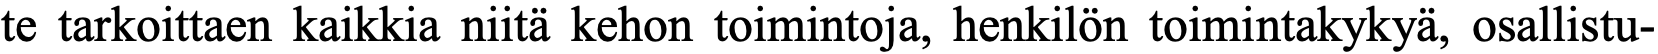
te tarkoittaen kaikkia niitä kehon toimintoja, henkilön toimintakykyä, osallistu-